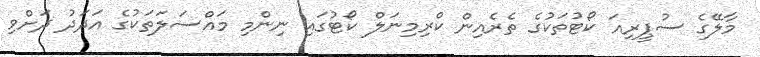
މާލޭގެ ސުޕީރިއަ ކޯޓުތަކުގެ ތެރެއިން ކްރިމިނަލް ކޯޓުގައި ނިންމި މައްސަލަތަކުގެ އަދަދު ދަށްވި